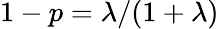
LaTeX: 1-p=\lambda/(1+\lambda)